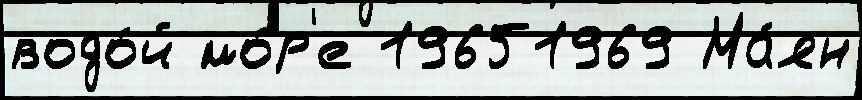
водо́й мо́р'е 19651969 Ма́ян